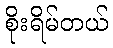
စိုးရိမ်တယ်